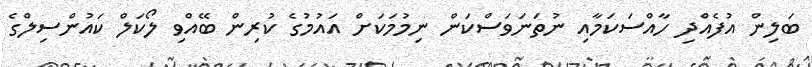
ބަލިން އުފެއްދި ހާއްސަކަމާއި ނުތަނަވަސްކަން ނިމުމަކަށް އައުމުގެ ކުރިން ބޭއްވި ލޯކަލް ކައުންސިލްގެ